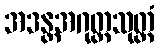
အဒန္တအဂုတ္တသုတ္တံ